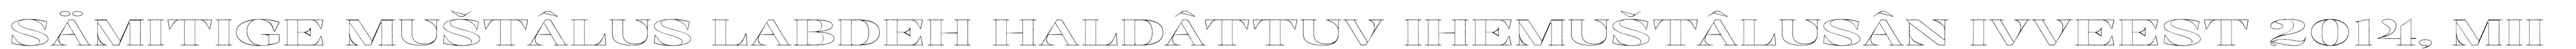
SÄMITIGE MUŠTÂLUS LABDEH HALDÂTTUV IHEMUŠTÂLUSÂN IVVEEST 2014, MII